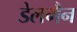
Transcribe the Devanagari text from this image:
डेलमैन